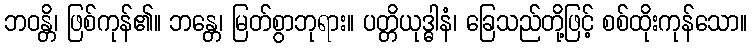
ဘဝန္တိ၊ ဖြစ်ကုန်၏။ ဘန္တေ၊ မြတ်စွာဘုရား။ ပတ္တိယုဒ္ဓါနံ၊ ခြေသည်တို့ဖြင့် စစ်ထိုးကုန်သော။